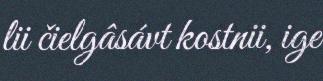
lii čielgâsávt kostnii, ige